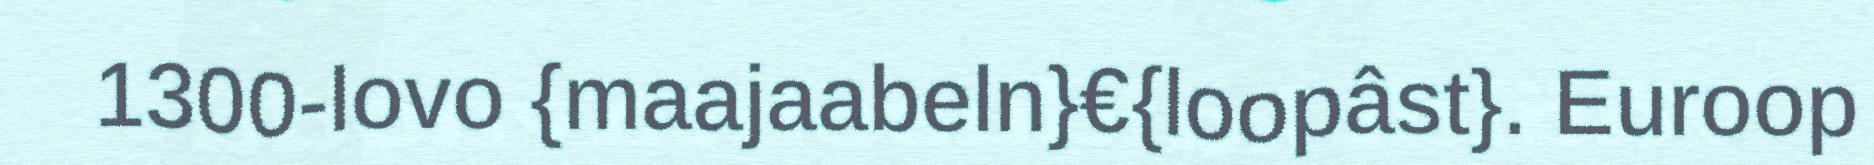
1300-lovo {maajaabeln}€{loopâst}. Euroop